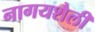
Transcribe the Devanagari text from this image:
नागयशैली